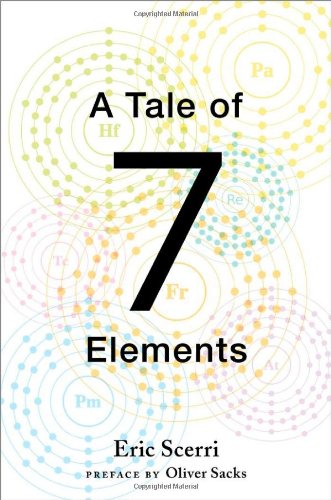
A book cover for A Tale of Seven Elements; Eric Scerri; Science & Math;